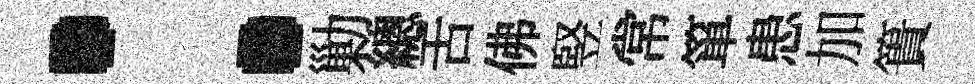
：勦總舌佛竪常箪患加簣